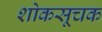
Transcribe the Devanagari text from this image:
शोकसूचक